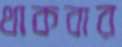
থাকবার